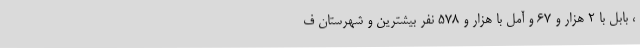
، بابل با 2 هزار و 67 و آمل با هزار و 578 نفر بیشترین و شهرستان ف